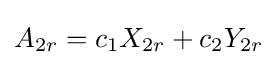
A_{2r}=c_{1}X_{2r}+c_{2}Y_{2r}